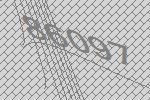
86097